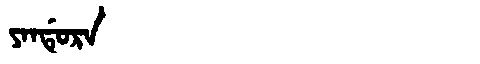
Manchu: ᠶᠠᠨᡩᡠᡵᠠ
Romanization: YANDURA